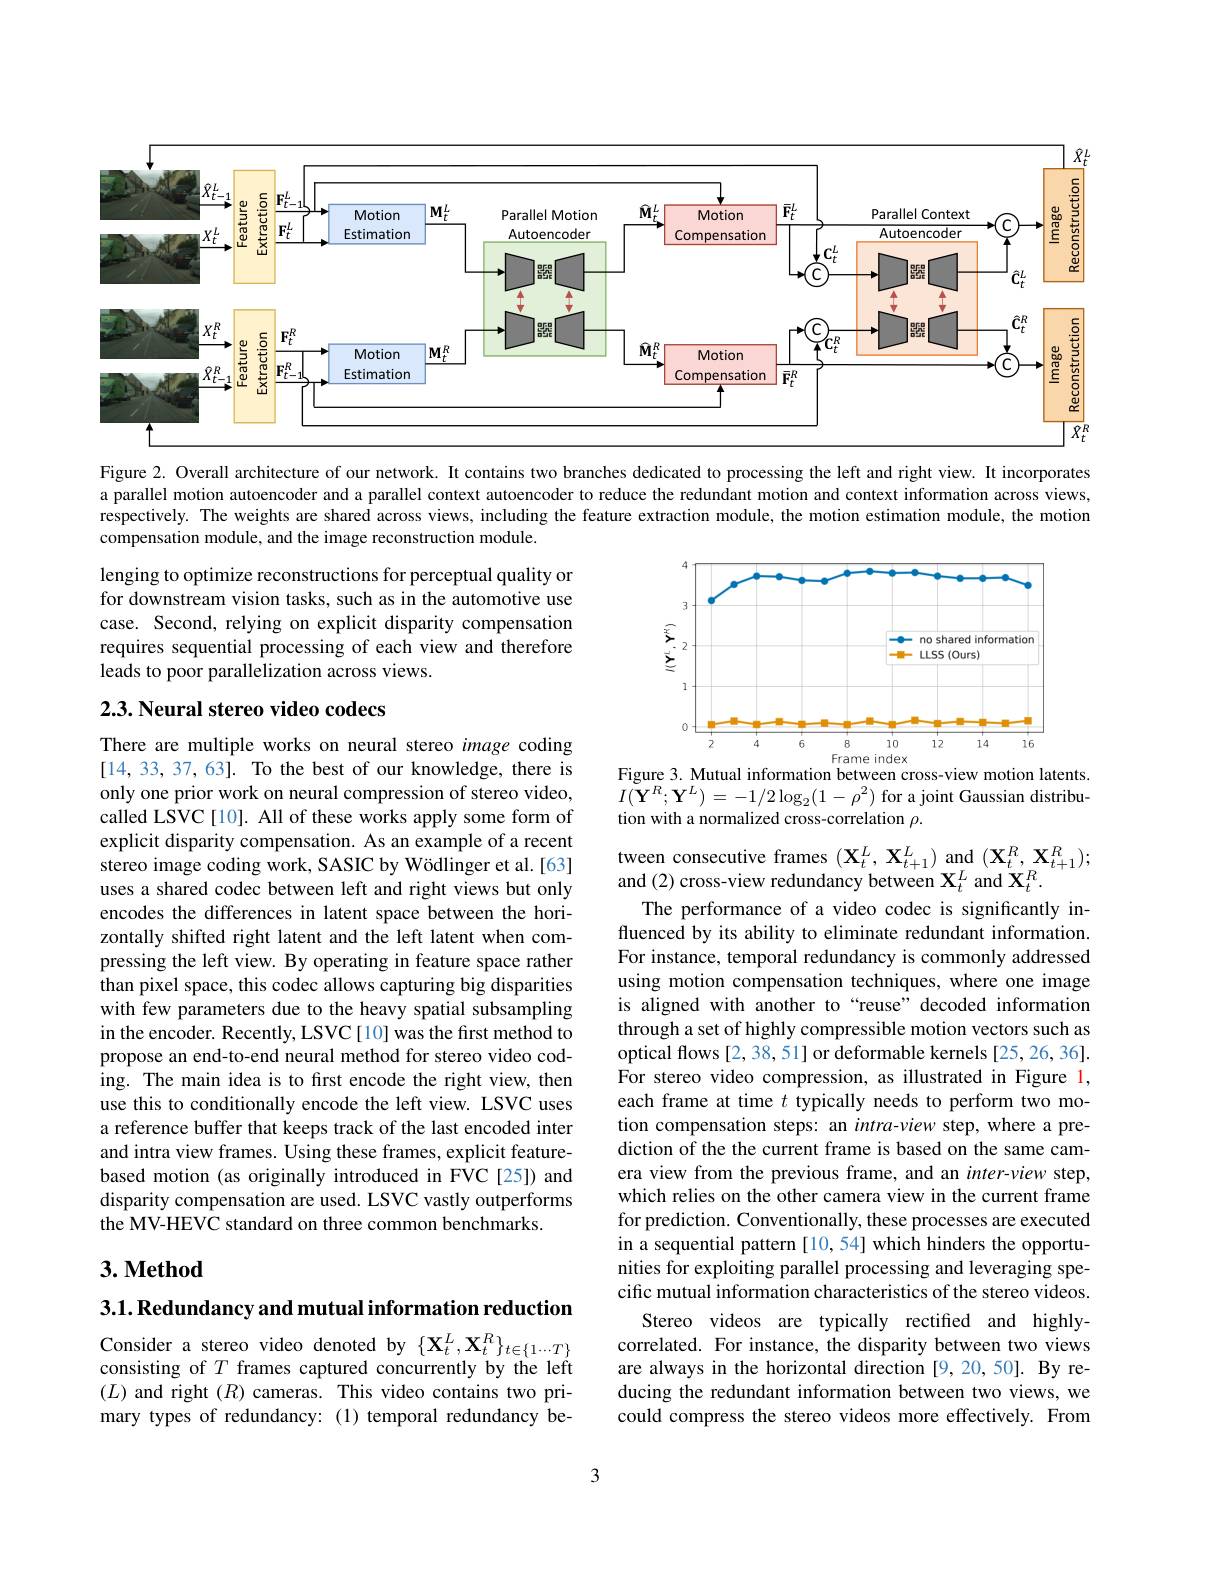
<FigureHere>

Figure 2. Overall architecture of our network. It contains two branches dedicated to processing the left and right view. It incorporates a parallel motion autoencoder and a parallel context autoencoder to reduce the redundant motion and context information across views, respectively. The weights are shared across views, including the feature extraction module, the motion estimation module, the motion compensation module, and the image reconstruction module

lenging to optimize reconstructions for perceptual quality or for downstream vision tasks, such as in the automotive use case. Second, relying on explicit disparity compensation requires sequential processing of each view and therefore leads to poor parallelization across views.

<FigureHere>
Figure 3. Mutual information between cross-view motion latents.

## 2.3. Neural stereo video codecs

$I(\mathbf{Y}^{R};\mathbf{Y}^{L})=-1/2\log_{2}(1-\rho^{2})$ for a joint Gaussian distribu
tion with a normalized cross-correlation $\rho.$

There are multiple works on neural stereo image coding [14,33,37,63]. To the best of our knowledge, there is only one prior work on neural compression of stereo video, called LSVC[10]. All of these works apply some form of explicit disparity compensation. As an example of a recent stereo image coding work, SASIC by Wödlinger et al.[63] uses a shared codec between left and right views but only encodes the differences in latent space between the horizontally shifted right latent and the left latent when compressing the left view. By operating in feature space rather than pixel space, this codec allows capturing big disparities with few parameters due to the heavy spatial subsampling in the encoder. Recently, LSVC[10] was the first method to propose an end-to-end neural method for stereo video coding. The main idea is to frst encode the right view, then use this to conditionally encode the left view. LSVC uses a reference buffer that keeps track of the last encoded inter and intra view frames. Using these frames, explicit featurebased motion (as originally introduced in FVC[25]) and disparity compensation are used. LSVC vastly outperforms the MV-HEVC standard on three common benchmarks.

tween consecutive frames $(\mathbf{X}_{t}^{L},\mathbf{X}_{t+1}^{L})$ and $(\mathbf{X}_{t}^{R},\mathbf{X}_{t+1}^{R});$
and (2) cross-view redundancy between $\mathbf{X}_{t}^{L}$ and $\mathbf{X}_{t}^{R}.$
The performance of a video codec is significantly influenced by its ability to eliminate redundant information. For instance, temporal redundancy is commonly addressed using motion compensation techniques, where one image is aligned with another to“reuse” decoded information through a set of highly compressible motion vectors such as optical flows [2,38,51] or deformable kernels [25,26,36]. For stereo video compression, as illustrated in Figure 1, each frame at time $t$ typically needs to perform two motion compensation steps: an intra-view step, where a prediction of the the current frame is based on the same camera view from the previous frame, and an inter-view step, which relies on the other camera view in the current frame for prediction. Conventionally, these processes are executed in a sequential pattern [10, 54] which hinders the opportunities for exploiting parallel processing and leveraging specific mutual information characteristics of the stereo videos.
Stereo videos are typically rectified and highlycorrelated. For instance, the disparity between two views are always in the horizontal direction [9,20,50]. By reducing the redundant information between two views, we could compress the stereo videos more effectively. From

## $3. \textbf{Method}$

$3. 1. \textbf{Redundancy and mutual information reduction}$

Consider a stereo video denoted by $\{\mathbf{X}_{t}^{L},\mathbf{X}_{t}^{R}\}_{t\in\{1\cdots T\}}$ consisting of $T$ frames captured concurrently by the left $(L)$ and right $(R)$ cameras. This video contains two primary types of redundancy:(1) temporal redundancy be-

3